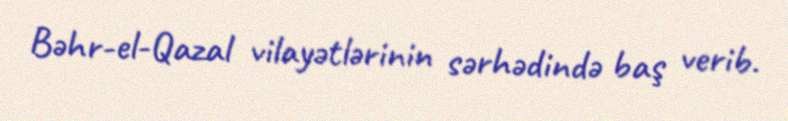
Bəhr-el-Qazal vilayətlərinin sərhədində baş verib.